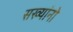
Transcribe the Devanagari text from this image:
सख्यांनो